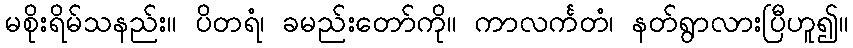
မစိုးရိမ်သနည်း။ ပိတရံ၊ ခမည်းတော်ကို။ ကာလင်္ကတံ၊ နတ်ရွာလားပြီဟူ၍။